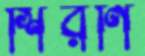
শিরণি